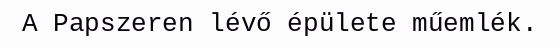
A Papszeren lévő épülete műemlék.